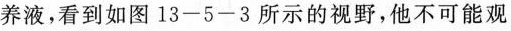
养液，看到如图13-5-3所示的视野，他不可能观